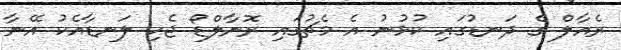
ރެއާލް ގެ ދަނޑުގައި ކުޅުނު އެ މެޗުގައި ރޮނާލްޑޯ ޖެހި ލަނޑާއެކު އޭނާ